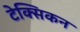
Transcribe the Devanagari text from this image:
टेक्सिकन